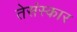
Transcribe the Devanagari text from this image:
तेसंस्कार